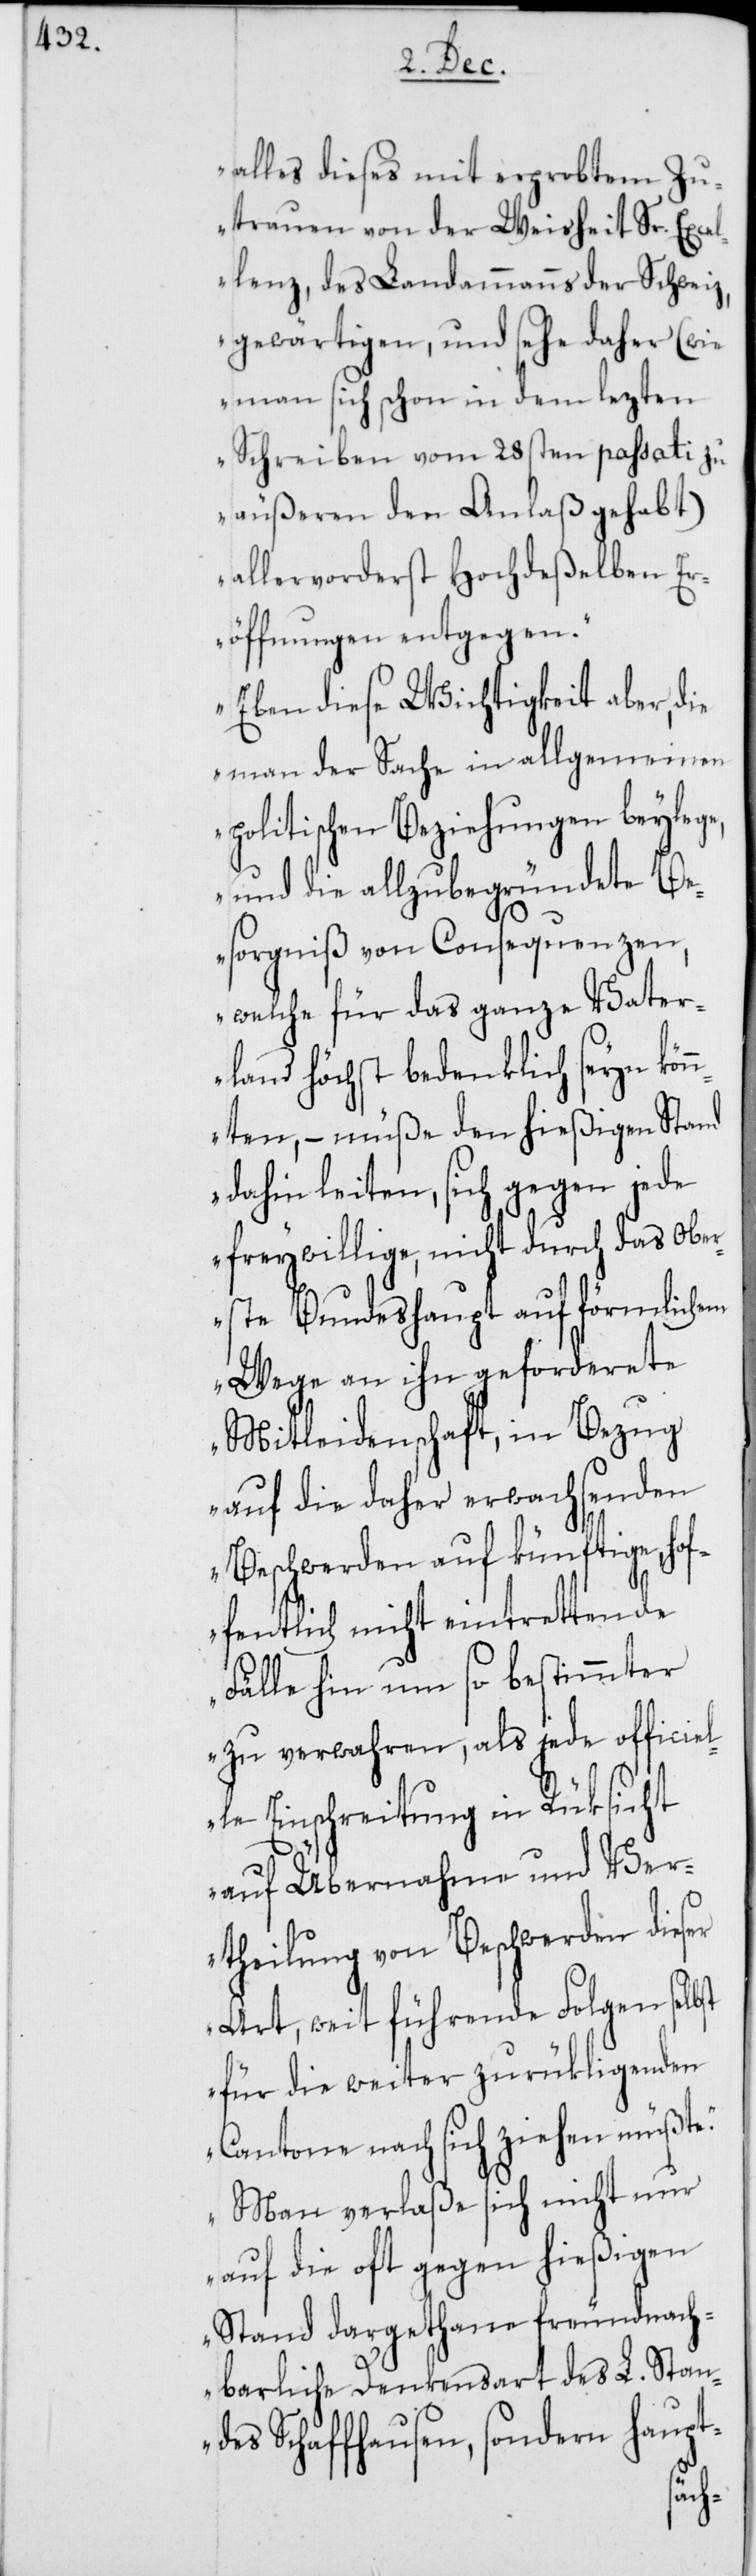
alles dieses mit erprobtem Zu¬
trauen von der Weisheit Sr. Exce¬
llenz, des Landammanns der Schweiz,
gewärtigen, und sehe daher (wie
man sich schon in dem lezten
Schreiben vom 28sten passati zu
äußeren den Anlaß gehabt)
allervorderst Hochdeßelben E¬
röffnungen entgegen.
Eben diese Wichtigkeit aber, die
man der Sache in allgemeinen
politischen Beziehungen beylege,
und die allzubegründete Be¬
sorgniß von Consequenzen,
welche für das ganze Vater¬
land höchst bedenklich seyn kön¬
nten, – müße den hießigen Stand
dahin leiten, sich gegen jede
freywillige, nicht durch das Ober¬
ste Bundeshaupt auf förmlichem
Wege an ihn geforderete
Mitleidenschaft, in Bezug
auf die daher erwachsenden
Beschwerden auf künftige, hof¬
fentlich nicht eintrettende
Fälle hin um so bestimmter
zu verwahren, als jede officiel¬
le Einschreitung in Rüksicht
auf Übernahme und Ver¬
theilung von Beschwerden dieser
Art, weit führende Folgen selbst
für die weiter zurükligenden
Cantone nach sich ziehen müßte.
Man verlaße sich nicht nur
auf die oft gegen hießigen
Stand dargethane freundnach¬
barliche Denkensart des L. Stan¬
des Schaffhausen, sondern haupt-